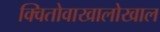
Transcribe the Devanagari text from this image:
क्वितोवाखालोखाल